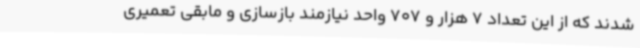
شدند که از این تعداد 7 هزار و 707 واحد نیازمند بازسازی و مابقی تعمیری